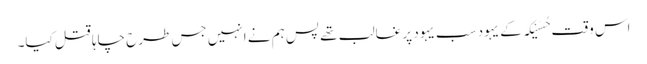
اس وقت حُسَیْکَہ کے یہود سب یہود پر غالب تھے پس ہم نے انہیں جس طرح چاہا قتل کیا۔